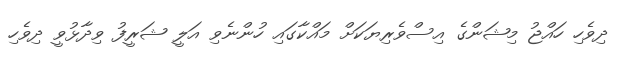
ދިވެހި ހައްޖު މިޝަންގެ އިސްވެރިޔަކަށް މައްކާގައި ހުންނެވި އަލީ ޝަރީފު ވިދާޅުވީ ދިވެހި